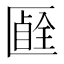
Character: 𠥞